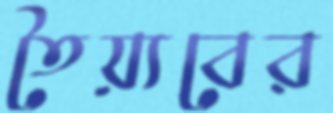
তৈয়্যবের